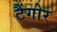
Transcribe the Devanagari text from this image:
टैंगोर